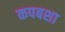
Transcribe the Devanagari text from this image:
कपबशा